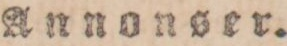
Annonser.